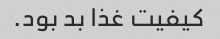
کیفیت غذا بد بود.